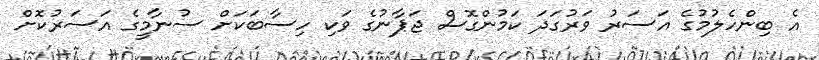
އެ ބިންހެލުމުގެ އަސަރު ވަރުގަދަ ކަމުންގޮސް ޖަޕާނުގެ ވަކި ހިސާބަކަށް ސުނާމީގެ އަސަރުކޮށް